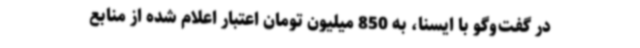
در گفت‌وگو با ایسنا، به 850 میلیون تومان اعتبار اعلام شده از منابع